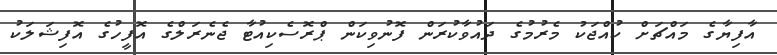
އާފިޔާގެ މައްޗަށް ކުއްޖަކު މެރުމުގެ ދައުވާކުރަން ފޮނުވިކަން ޕްރޮސެކިއުޓާ ޖެނެރަލްގެ އޮފީހުގެ އޮފިޝަލަކު